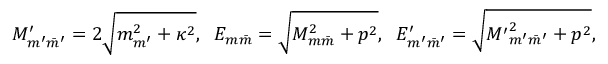
M _ { m ^ { \prime } \bar { m } ^ { \prime } } ^ { \prime } = 2 \sqrt { m _ { m ^ { \prime } } ^ { 2 } + \kappa ^ { 2 } } , \; \; E _ { m \bar { m } } = \sqrt { M _ { m \bar { m } } ^ { 2 } + p ^ { 2 } } , \; \; E _ { m ^ { \prime } \bar { m } ^ { \prime } } ^ { \prime } = \sqrt { { M ^ { \prime } } _ { m ^ { \prime } \bar { m } ^ { \prime } } ^ { 2 } + { p } ^ { 2 } } ,